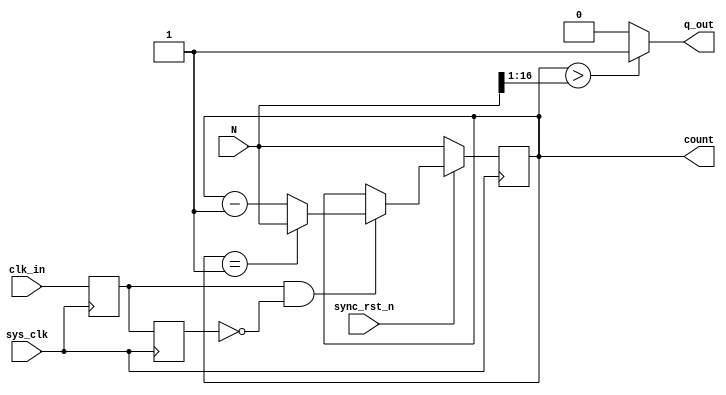
module down_cnt_sync #(parameter WIDTH = 17)(
    // inputs
    input sys_clk,
    input clk_in,
    input sync_rst_n,
    input [WIDTH-1:0] N,
    // outputs
    output [WIDTH-1:0] count,
    output q_out
    );

reg [WIDTH-1:0] M;
reg  clk_dly1;
reg  clk_dly2;

// initialize
initial begin
    clk_dly1 = 0;
    clk_dly2 = 0;
    end

// assign
    assign q_out = (M > (N>>1)) ? 1'b1 : 1'b0;
    assign count = M;

// --------------------------------------------------
    always @(negedge sys_clk) begin
        clk_dly1 <= clk_in;
        clk_dly2 <= clk_dly1;
    end

    always @(negedge sys_clk) begin
        if (~sync_rst_n) begin
            M <= N;
        end else    begin
        if( clk_dly1 && ~clk_dly2) begin
            if( M == 1)
                M <= N;
            else
                M <= M - 1'b1;
            end
        end
    end

endmodule